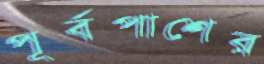
পূর্বপাশের